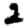
Digit: 2